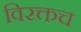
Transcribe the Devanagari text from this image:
विरक्तच